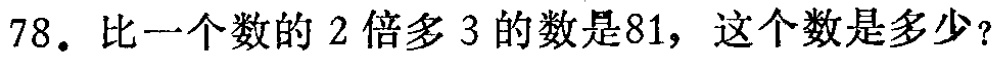
78. 比一个数的 2 倍多 3 的数是81，这个数是多少？